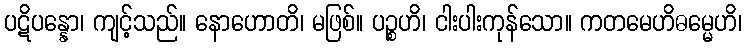
ပဋိပန္နော၊ ကျင့်သည်။ နောဟောတိ၊ မဖြစ်။ ပဉ္စဟိ၊ ငါးပါးကုန်သော။ ကတမေဟိဓမ္မေဟိ၊